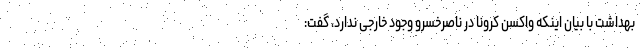
بهداشت با بیان اینکه واکسن کرونا در ناصرخسرو وجود خارجی ندارد، گفت: